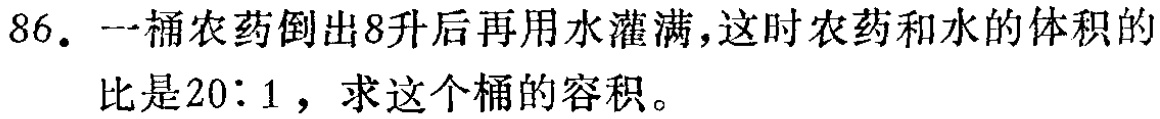
86. 一桶农药倒出8升后再用水灌满，这时农药和水的体积的
比是20：1，求这个桶的容积。